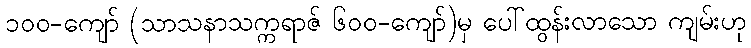
၁၀၀-ကျော် (သာသနာသက္ကရာဇ် ၆၀၀-ကျော်)မှ ပေါ်ထွန်းလာသော ကျမ်းဟု